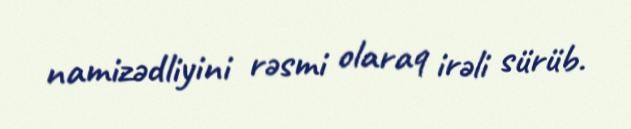
namizədliyini rəsmi olaraq irəli sürüb.